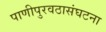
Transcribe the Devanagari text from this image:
पाणीपुरवठासंघटना